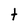
Character: t